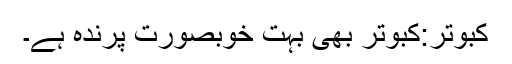
کبوتر:کبوتر بھی بہت خوبصورت پرندہ ہے۔